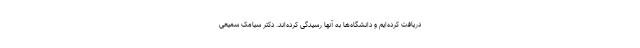
دریافت کرده‌ایم و دانشگاه‌ها به آنها رسیدگی کرده‌اند. دکتر سیامک سمیعی